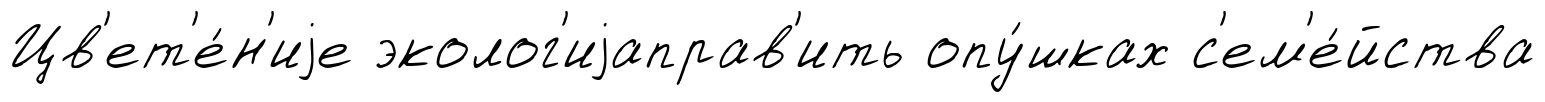
Цв'ет'е́н'иjе эколог'иjаправ'ить опу́шках с'ем'е́йства